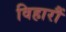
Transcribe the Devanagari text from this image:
विहारौं